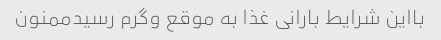
بااین شرایط بارانی غذا به موقع وگرم رسیدممنون